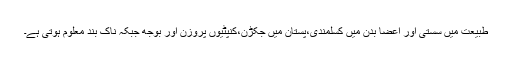
طبیعت میں سستی اور اعضا بدن میں کسلمندی،پستان میں جکڑن،کنپٹیوں پروزن اور بوجھ جبکہ ناک بند معلوم ہوتی ہے۔